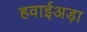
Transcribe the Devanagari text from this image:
हवाईअड़ा